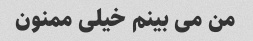
من می بینم خیلی ممنون